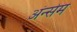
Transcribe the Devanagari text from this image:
अंन्सेम